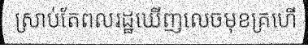
ស្រាប់តែពលរដ្ឋឃើញលេចមុខគ្រហើ